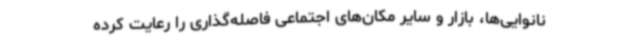
نانوایی‌ها، بازار و سایر مکان‌های اجتماعی فاصله‌گذاری را رعایت کرده